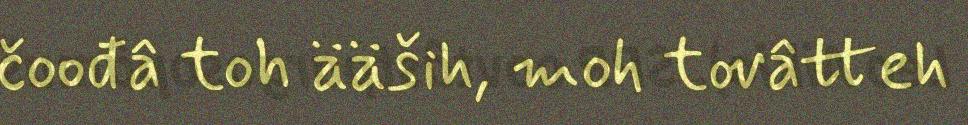
čoođâ toh ääših, moh tovâtteh